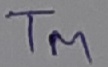
Text: TM